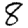
Digit: 8